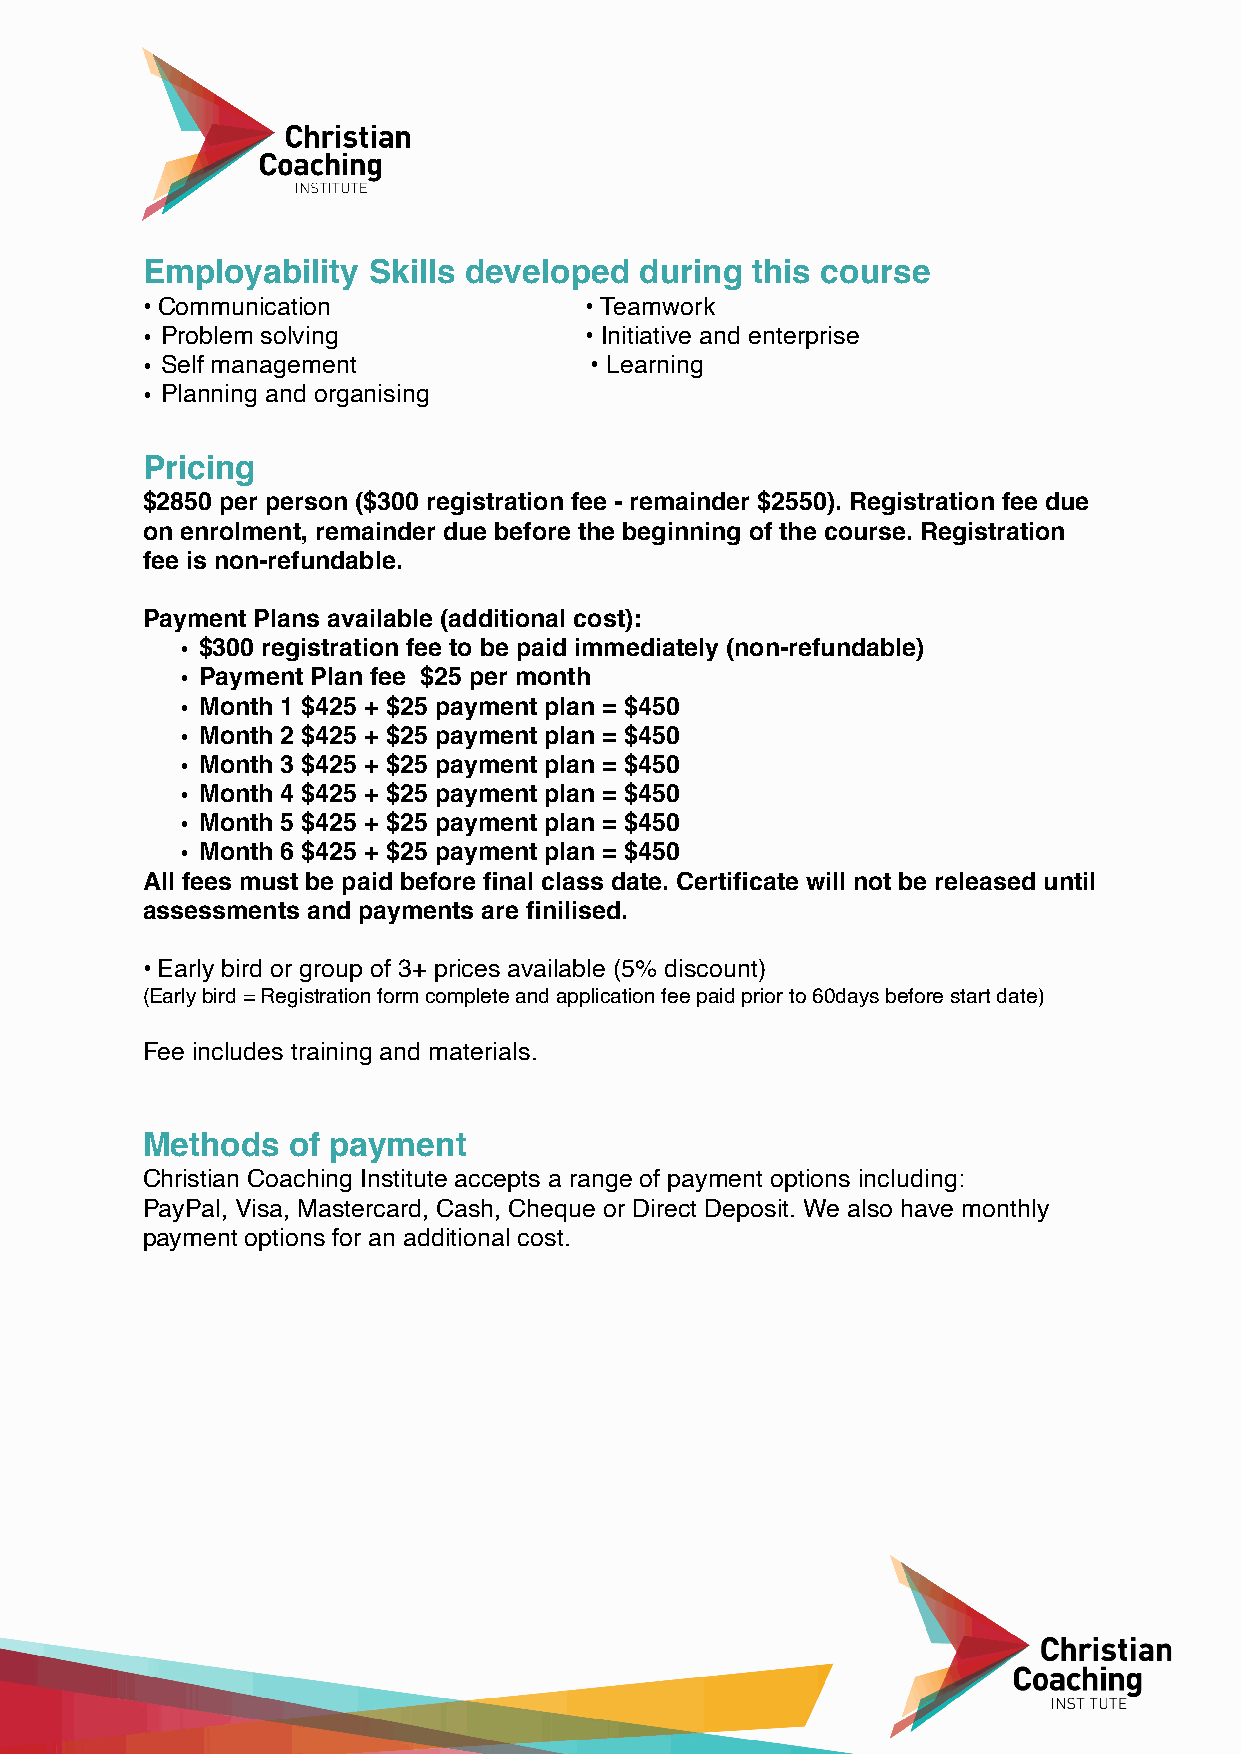
Employability  Skills developed  during  this course
 • Communication               • Teamwork
 • Problem solving             • Initiative and enterprise
 • Self management             • Learning
 • Planning and organising
 Pricing
 $2850 per person ($300 registration fee - remainder $2550). Registration fee due
 on enrolment, remainder due before the beginning of the course. Registration
 fee is non-refundable.
 Payment Plans available (additional cost):
 • $300 registration fee to be paid immediately (non-refundable)
 • Payment Plan fee $25 per month
 • Month 1 $425 + $25 payment plan = $450
 • Month 2 $425 + $25 payment plan = $450
 • Month 3 $425 + $25 payment plan = $450
 • Month 4 $425 + $25 payment plan = $450
 • Month 5 $425 + $25 payment plan = $450
 • Month 6 $425 + $25 payment plan = $450
 All fees must be paid before final class date. Certificate will not be released until
 assessments and payments are finilised.
 • Early bird or group of 3+ prices available (5% discount)
 (Early bird = Registration form complete and application fee paid prior to 60days before start date)
 Fee includes training and materials.
 Methods   of payment
 Christian Coaching Institute accepts a range of payment options including:
 PayPal, Visa, Mastercard, Cash, Cheque or Direct Deposit. We also have monthly
 payment options for an additional cost.